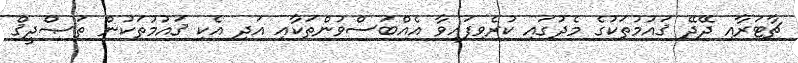
ޗާޓަރާއި ދޭދޭ ޤައުމުތަކުގެ މެދުގައި ކުރެވިފައިވާ އެއްބަސްވުންތަކާއި އަދި އެކި ޤައުމުތަކުން ތަޞްދީޤް